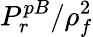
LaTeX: P_{r}^{pB}/\rho_{f}^{2}